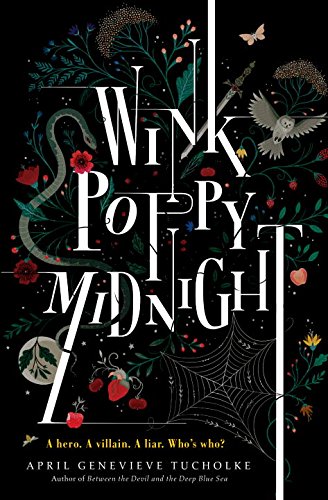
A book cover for Wink Poppy Midnight; April Genevieve Tucholke; Teen & Young Adult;